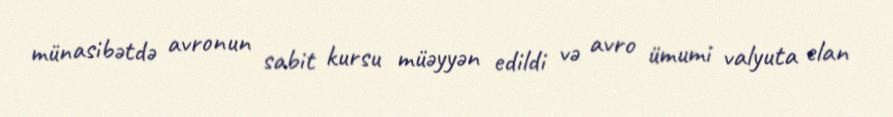
münasibətdə avronun sabit kursu müəyyən edildi və avro ümumi valyuta elan